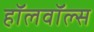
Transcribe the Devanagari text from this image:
हॉलवॉल्स